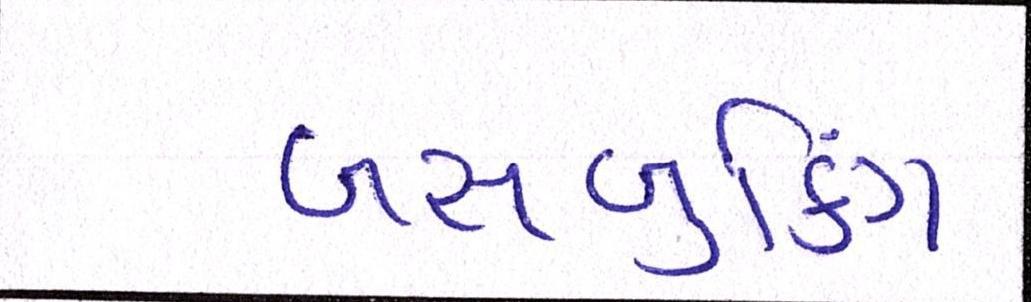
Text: બસ-બુકિંગ